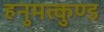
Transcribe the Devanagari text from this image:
हनुमत्कुण्ड